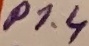
Text: P1.4